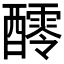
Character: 𨣖